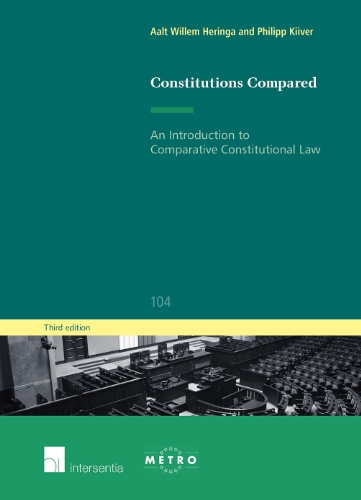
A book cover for Constitutions Compared: An Introduction to Comparative Constitutional Law (Third Edition) (Ius Commune Europaeum); Aalt Willem Heringa; Law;